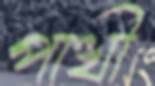
পাখী